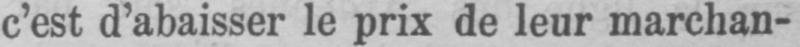
c’est d’abaisser le prix de leur marchan-